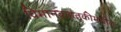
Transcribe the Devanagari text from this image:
विमानवाहतूकीमधील